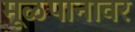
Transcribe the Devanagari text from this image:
मूळपानावर